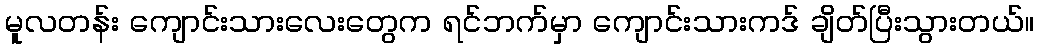
မူလတန်း ကျောင်းသားလေးတွေက ရင်ဘက်မှာ ကျောင်းသားကဒ် ချိတ်ပြီးသွားတယ်။